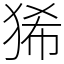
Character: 狶